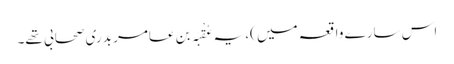
اس سارے واقعہ میں )، یہ عُقْبَہ بن عامر بدری صحابی تھے۔